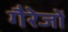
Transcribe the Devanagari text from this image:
गैरेजों